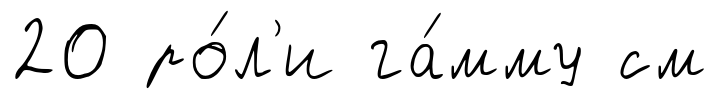
20 ро́л'и га́мму см